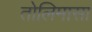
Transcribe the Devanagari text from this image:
तोलिमासा